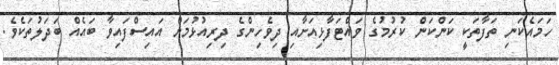
ހަމައެކަނި ތަފާތަކީ ކަންކަން ކުރުމުގެ ވައްޓަފާޅިއަށާއި ދިވެހިންގެ ދިރިއުޅުމަށް އައިސްފައިވާ ބައެއް ބަދަލުތަކެވެ.